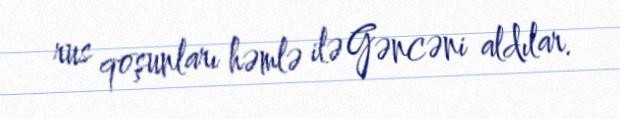
rus qoşunları həmlə ilə Gəncəni aldılar.